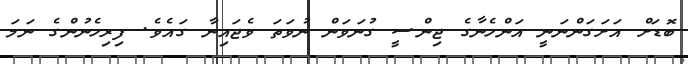
ބޮޑަށް އަށަގަންނަނީ އަންހެނާގެ ޖިންސީ ގުނަވަން ނުވަތަ ވެޖައިނާ ގައެވެ. ފިރިހެނުންގެ ނަމަ